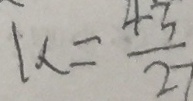
k = \frac { 4 3 } { 2 7 }